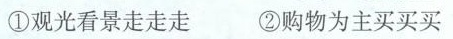
①观光看景走走走 ②购物为主买买买